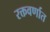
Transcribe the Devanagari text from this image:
रक्तवर्णात